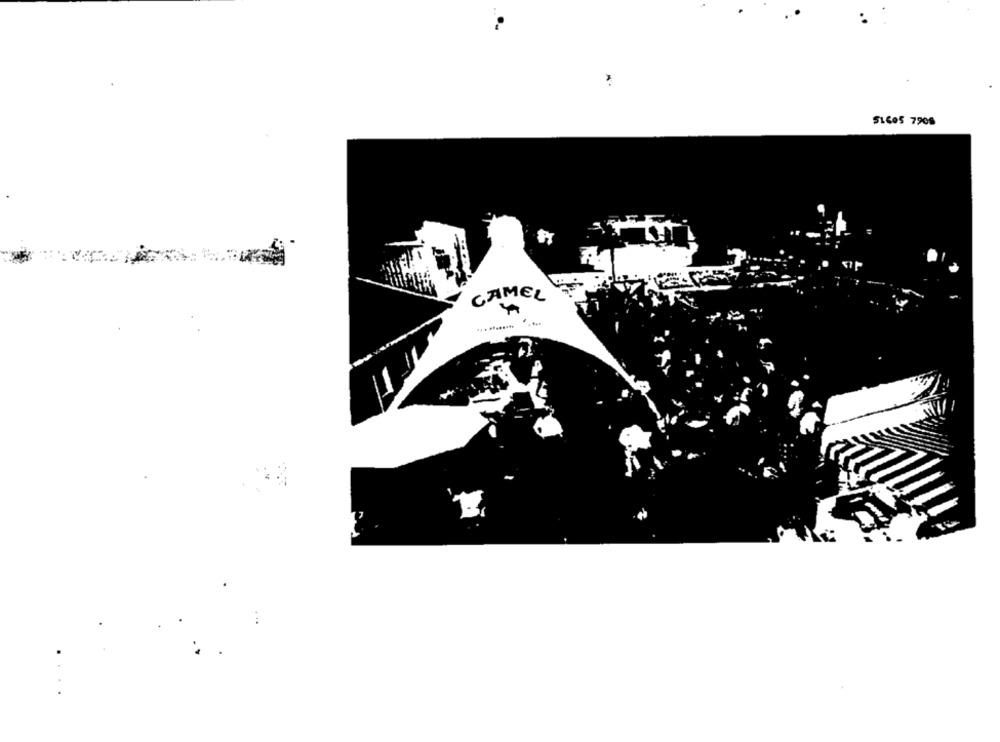
SLCOS 7909
CAMEL